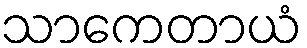
သာကေတာယံ